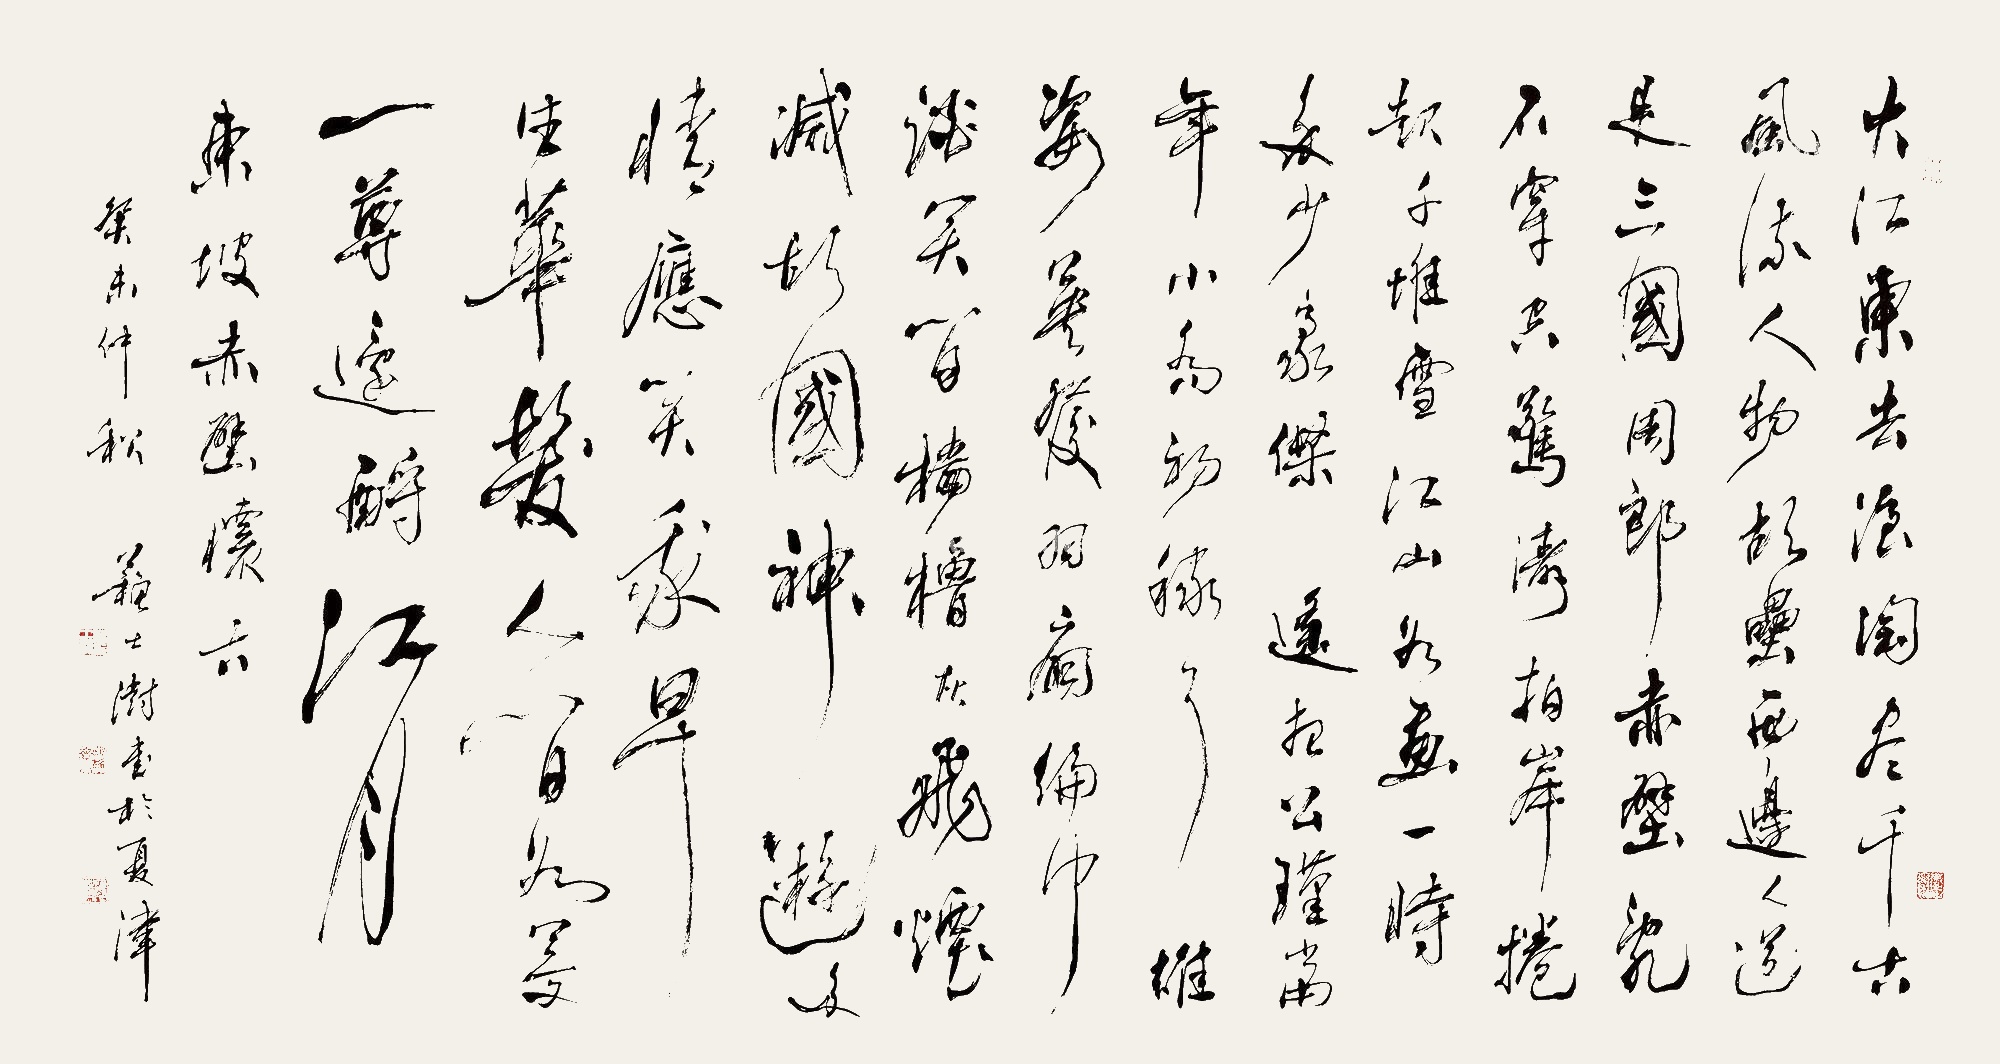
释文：大江东去，浪淘尽，千古风流人物。故垒西边，人道是，三国周郎赤壁。乱石穿空，惊涛拍岸，卷起千堆雪。江山如画，一时多少豪杰。遥想公瑾当年，小乔初嫁了，雄姿英发。羽扇纶巾，谈笑间，樯橹灰飞烟灭。故国神游，多情应笑我，早生华发。人生如梦，一尊还酹江月。东坡《赤壁怀古》。癸未仲秋，苏士澍书于夏津。